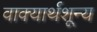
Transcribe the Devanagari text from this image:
वाक्यार्थशून्य